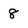
Character: 8